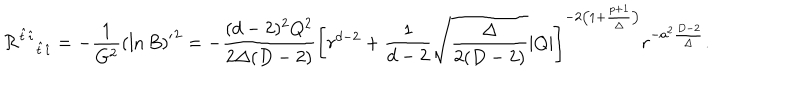
{ { \cal R } ^ { \hat { t } \hat { \imath } } } _ { \hat { t } \hat { \imath } } = - { \frac { 1 } { G ^ { 2 } } } { ( \ln B ) ^ { \prime } } ^ { 2 } = - { \frac { ( d - 2 ) ^ { 2 } Q ^ { 2 } } { 2 \Delta ( D - 2 ) } } \left[ r ^ { d - 2 } + { \frac { 1 } { d - 2 } } \sqrt { \frac { \Delta } { 2 ( D - 2 ) } } | Q | \right] ^ { - 2 \left( 1 + { \frac { p + 1 } { \Delta } } \right) } r ^ { - a ^ { 2 } { \frac { D - 2 } { \Delta } } } .